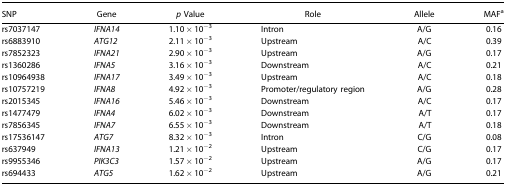
| SNP | Gene | p Value | Role | Allele | MAFa |
 | --- | --- | --- | --- | --- | --- |
 | rs7037147 | IFNA14 | 1.10 × 10−3 | Intron | A/G | 0.16 |
 | rs6883910 | ATG12 | 2.11 × 10−3 | Upstream | A/C | 0.39 |
 | rs7852323 | IFNA21 | 2.90 × 10−3 | Upstream | A/G | 0.17 |
 | rs1360286 | IFNA5 | 3.16 × 10−3 | Downstream | A/C | 0.21 |
 | rs10964938 | IFNA17 | 3.49 × 10−3 | Upstream | A/C | 0.18 |
 | rs10757219 | IFNA8 | 4.92 × 10−3 | Promoter/regulatory region | A/G | 0.28 |
 | rs2015345 | IFNA16 | 5.46 × 10−3 | Downstream | A/C | 0.17 |
 | rs1477479 | IFNA4 | 6.02 × 10−3 | Downstream | A/T | 0.17 |
 | rs7856345 | IFNA7 | 6.55 × 10−3 | Downstream | A/T | 0.18 |
 | rs17536147 | ATG7 | 8.32 × 10−3 | Intron | C/G | 0.08 |
 | rs637949 | IFNA13 | 1.21 × 10−2 | Upstream | C/G | 0.17 |
 | rs9955346 | PIK3C3 | 1.57 × 10−2 | Upstream | A/G | 0.17 |
 | rs694433 | ATG5 | 1.62 × 10−2 | Upstream | A/G | 0.21 |